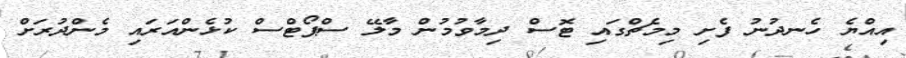
އިއްޔެ ހެނދުނު ފެށި މިމެޗްގައި ޓޮސް ދިމާވުމުން މާލޭ ސްޕޯޓްސް ކުޅެންއަރައި މެންދުރަށް